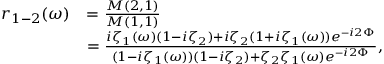
\begin{array} { r l } { r _ { 1 - 2 } ( \omega ) } & { = \frac { M ( 2 , 1 ) } { M ( 1 , 1 ) } } \\ & { = \frac { i \zeta _ { 1 } ( \omega ) ( 1 - i \zeta _ { 2 } ) + i \zeta _ { 2 } ( 1 + i \zeta _ { 1 } ( \omega ) ) e ^ { - i 2 \Phi } } { ( 1 - i \zeta _ { 1 } ( \omega ) ) ( 1 - i \zeta _ { 2 } ) + \zeta _ { 2 } \zeta _ { 1 } ( \omega ) e ^ { - i 2 \Phi } } , } \end{array}